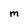
Character: M